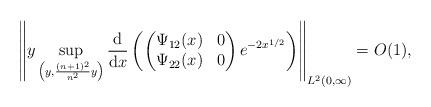
LaTeX: \begin{gather*}\left\Vert y\sup_{\left(y,\frac{(n+1)^2}{n^2}y\right)}\frac{{\rm d}}{{\rm d}x}\left( \left( \begin{matrix}\Psi_{12}(x) & 0\\\Psi_{22}(x) & 0\end{matrix}\right)e^{-2x^{1/2}}\right)\right\Vert_{L^2(0,\infty)} = O(1),\end{gather*}